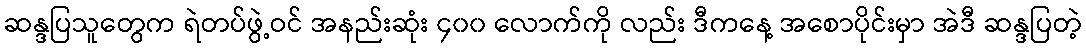
ဆန္ဒပြသူတွေက ရဲတပ်ဖွဲ့ဝင် အနည်းဆုံး ၄၀၀ လောက်ကို လည်း ဒီကနေ့ အစောပိုင်းမှာ အဲဒီ ဆန္ဒပြတဲ့